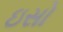
ઇસો